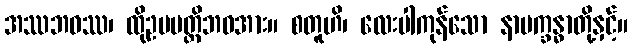
အဿဘဝဿ၊ ထိုဥပပတ္တိဘဝအား။ စတူဟိ၊ လေးပါကုန်သော နာမက္ခန္ဓာတို့နှင့်။